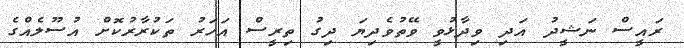
ރައީސް ނަޝީދު އަދި ވިދާޅުވީ ވޭތުވެދިޔަ ދިގު ތިރީސް އަހަރު ތަކުރާރުކޮށް އުސޫލެއްގެ